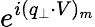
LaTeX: e^{i(q_{\perp}\cdot V)_{m}}